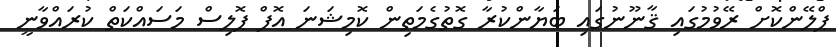
ޕްލޭންކޮށް ރޭވުމުގައި ޤާނޫނުގައި ބަޔާންކުރާ ގޮތުގެމަތިން ކޮމިޝަނަ އޮފް ޕޮލިސް މަސައްކަތް ކުރައްވާނީ